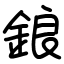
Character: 鋃